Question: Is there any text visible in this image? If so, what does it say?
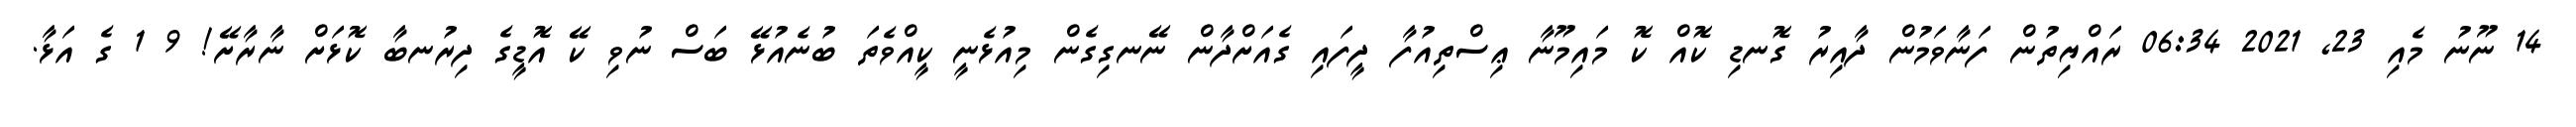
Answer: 14 ނޫނު މެއި 23, 2021 06:34 ރައްޔިތުން ފަނާވަމުން ދާއިރު ގޮނޑި ކޮއް ކޮ މައިމޫނާ ޢިސްތިއުފާ ދީފައި ގެއަށްދާން ނޭނގިގެން މިއުޅެނީ ކީއްވެތަ ބުނެއުޅޭ ބަސް ނުވި ކޭ އޮޑީގެ ދިރުނބާ ކޮޅަށް ނާރާށޭ! 9 1 ގެ އަޅާ.